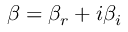
\beta = \beta _ { r } + i \beta _ { i }